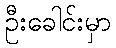
ဦးခေါင်းမှာ